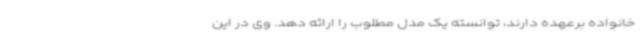
خانواده برعهده دارند، توانسته یک مدل مطلوب را ارائه دهد. وی در این